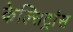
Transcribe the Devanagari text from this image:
केल्सिट्रांस